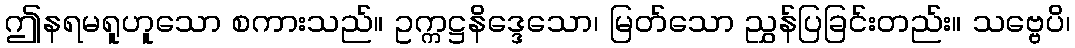
ဤနရမရူဟူသော စကားသည်။ ဥက္ကဋ္ဌနိဒ္ဒေသော၊ မြတ်သော ညွှန်ပြခြင်းတည်း။ သဗ္ဗေပိ၊